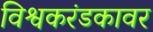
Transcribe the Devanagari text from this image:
विश्वकरंडकावर